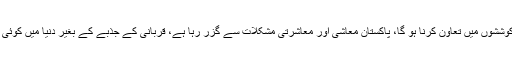
وزیراعظم عمران خان نے قوم کے نام تہنیتی پیغام میں کہا کہ قوم کو اقتصادی بحالی کی حکومتی کوششوں میں تعاون کرنا ہو گا، پاکستان معاشی اور معاشرتی مشکلات سے گزر رہا ہے، قربانی کے جذبے کے بغیر دنیا میں کوئی قوم ترقی نہیں کر سکتی، قربانی کا جذبہ ہر قسم کی مشکلات کو خندہ پیشانی سے کرنے کا نام ہے۔